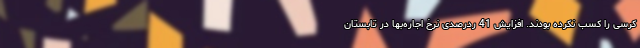
کرسی را کسب نکرده بودند. افزایش 41 ردرصدی نرخ اجاره‌بها در تابستان